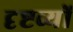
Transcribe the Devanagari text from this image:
दृष्टव्यों